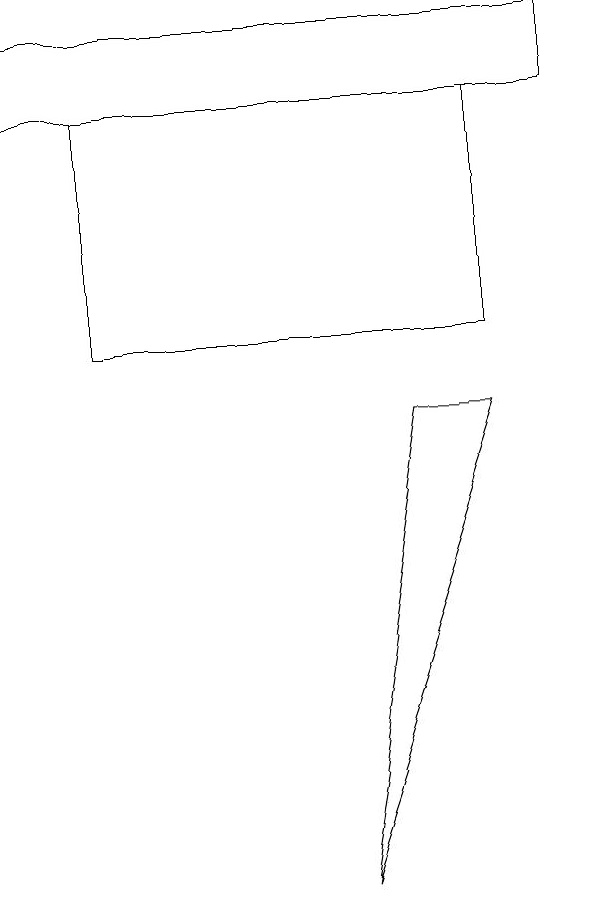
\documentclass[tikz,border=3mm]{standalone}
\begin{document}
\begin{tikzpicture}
\draw (7,14) rectangle (0,13);
\draw (6,10) rectangle (1,13);
\draw (5,9) -- (4,3) -- (6,9) -- cycle;
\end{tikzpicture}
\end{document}